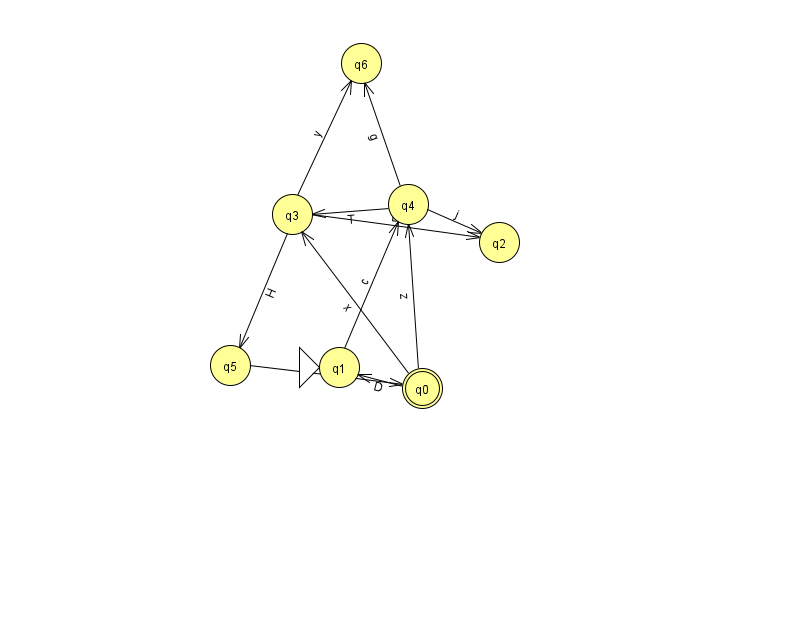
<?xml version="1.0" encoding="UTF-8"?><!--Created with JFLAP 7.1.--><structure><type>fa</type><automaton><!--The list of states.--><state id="0" name="q0"><x>422.0</x><y>375.0</y><final/></state><state id="1" name="q1"><x>339.0</x><y>354.0</y><initial/></state><state id="2" name="q2"><x>499.0</x><y>229.0</y></state><state id="3" name="q3"><x>292.0</x><y>201.0</y></state><state id="4" name="q4"><x>408.0</x><y>191.0</y></state><state id="5" name="q5"><x>230.0</x><y>352.0</y></state><state id="6" name="q6"><x>361.0</x><y>50.0</y></state><!--The list of transitions.--><transition><from>3</from><to>6</to><read>y</read></transition><transition><from>4</from><to>6</to><read>g</read></transition><transition><from>1</from><to>4</to><read>c</read></transition><transition><from>0</from><to>4</to><read>z</read></transition><transition><from>4</from><to>2</to><read>j</read></transition><transition><from>3</from><to>2</to><read>B</read></transition><transition><from>3</from><to>5</to><read>H</read></transition><transition><from>4</from><to>3</to><read>T</read></transition><transition><from>5</from><to>0</to><read>d</read></transition><transition><from>0</from><to>1</to><read>D</read></transition><transition><from>0</from><to>3</to><read>x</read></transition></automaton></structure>